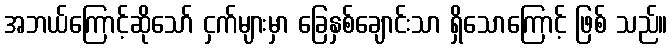
အဘယ်ကြောင့်ဆိုသော် ငှက်များမှာ ခြေနှစ်ချောင်းသာ ရှိသောကြောင့် ဖြစ် သည်။